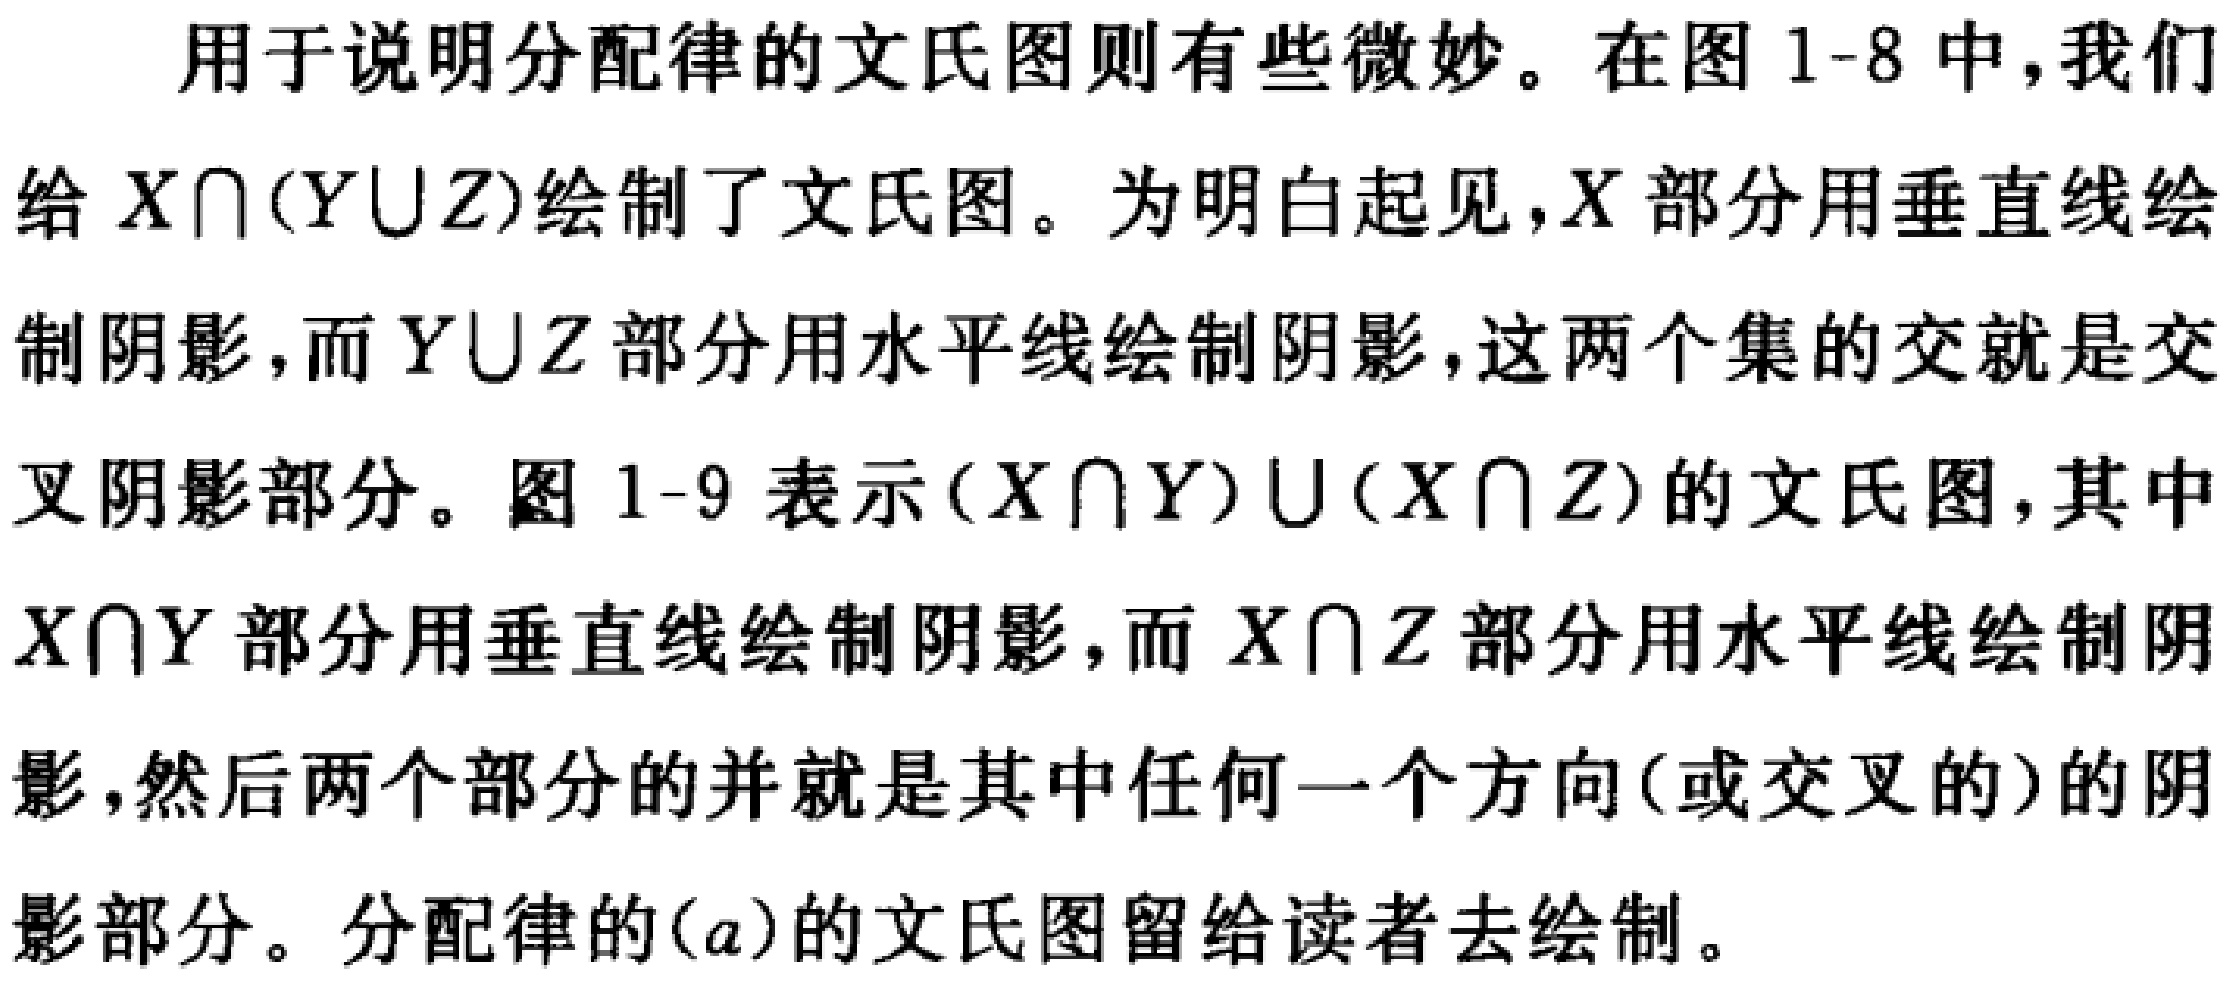
用于说明分配律的文氏图则有些微妙。在图 1-8 中，我们给 \(X\cap(Y\cup Z)\)绘制了文氏图。为明白起见，\(X\)部分用垂直线绘制阴影，而 \(Y\cup Z\)部分用水平线绘制阴影，这两个集的交就是交叉阴影部分。图 1-9 表示 \((X\cap Y)\cup(X\cap Z)\)的文氏图，其中 \(X\cap Y\)部分用垂直线绘制阴影，而 \(X\cap Z\)部分用水平线绘制阴影，然后两个部分的并就是其中任何一个方向(或交叉的)的阴影部分。分配律的\((a)\)的文氏图留给读者去绘制。